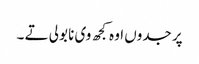
پر جدوں اوہ کجھ وی نا بولی تے ۔